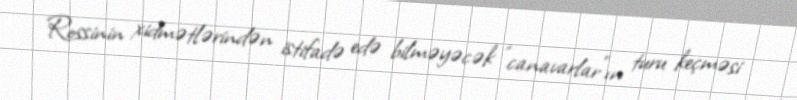
Rossinin xidmətlərindən istifadə edə bilməyəcək "canavarlar"ın turu keçməsi